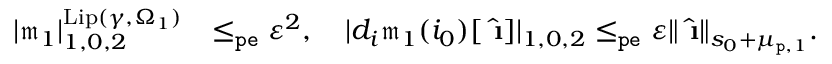
\begin{array} { r l } { | \mathfrak { m } _ { 1 } | _ { 1 , 0 , 2 } ^ { \mathrm { L i p } ( \gamma , \Omega _ { 1 } ) } } & { \le _ { \mathtt { p e } } \varepsilon ^ { 2 } , \quad | d _ { i } \mathfrak { m } _ { 1 } ( i _ { 0 } ) [ \hat { \textbf { \i } } ] | _ { 1 , 0 , 2 } \le _ { \mathtt { p e } } \varepsilon \rVert \hat { \textbf { \i } } \rVert _ { s _ { 0 } + \mu _ { \mathtt { p } , 1 } } . } \end{array}